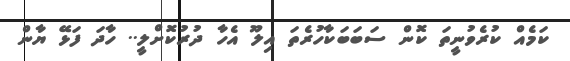
ކަމެއް ކުރެވުނީތަ ކޮން ސަބަބަކާހުރެތަ އިލޫ އެހާ ދުރުކޮށްލީ.. ހާދަ ފަޅޭ ޔާން